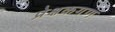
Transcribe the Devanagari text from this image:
प्रेक्षकगण